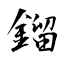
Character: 鎦